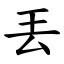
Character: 丟